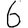
Digit: 6